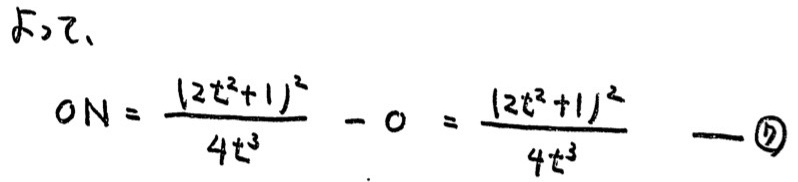
\[
\begin{align*}
ON&=\frac{(2t^{2}+1)^{2}}{4t^{3}}-0\\
&=\frac{(2t^{2}+1)^{2}}{4t^{3}}
\end{align*}
\]